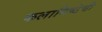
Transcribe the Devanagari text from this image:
कलानिष्ठेची